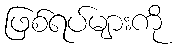
ဖြစ်ရပ်များကို